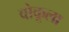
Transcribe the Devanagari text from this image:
वोकूला